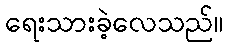
ရေးသားခဲ့လေသည်။